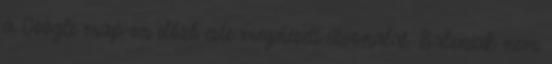
a Google map-en előző este megnézett útvonalat. Baleniak nem